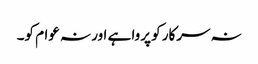
نہ سرکار کو پروا ہے اور نہ عوام کو۔